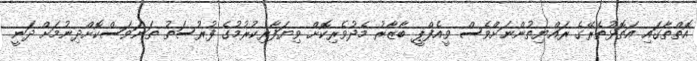
އޮތްތާގައި އަތޮޅުތެރޭގެ ރައްޔިތުންނަށްވެސް ވީއެފްޕީ ބާޒާރު މެދުވެރިކޮށް ވިޔަފާރިކުރުމުގެ ފުރުސަތު ތަނަވަސްކޮށްދިނުމަށް ދަނީ